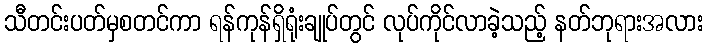
သီတင်းပတ်မှစတင်ကာ ရန်ကုန်ရှိရုံးချုပ်တွင် လုပ်ကိုင်လာခဲ့သည့် နတ်ဘုရားအလား